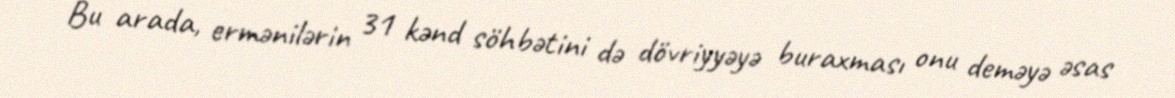
Bu arada, ermənilərin 31 kənd söhbətini də dövriyyəyə buraxması onu deməyə əsas